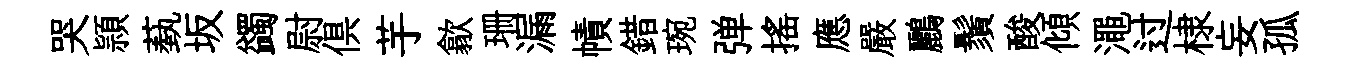
哭頴蓺坂蠲尉俱芋歙珊漏幘錯琬弹摇應嚴鸝鬚酸傾澠过棣妄孤